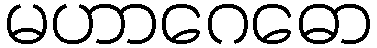
မဟာဂေဓော